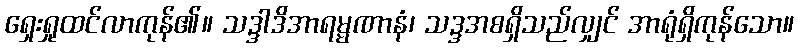
ရှေးရှုထင်လာကုန်၏။ သဒ္ဒါဒိအာရမ္မဏာနံ၊ သဒ္ဒအစရှိသည်လျှင် အာရုံရှိကုန်သော။